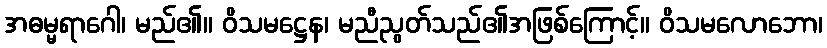
အဓမ္မရာဂေါ၊ မည်၏။ ဝိသမဋ္ဌေန၊ မညီညွတ်သည်၏အဖြစ်ကြောင့်။ ဝိသမလောဘော၊